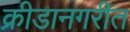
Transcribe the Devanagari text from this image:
क्रीडानगरीत